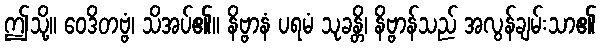
ဤသို့။ ဝေဒိတဗ္ဗံ၊ သိအပ်၏။ နိဗ္ဗာနံ ပရမံ သုခန္တိ၊ နိဗ္ဗာန်သည် အလွန်ချမ်းသာ၏